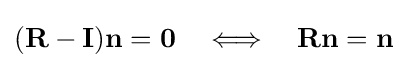
(\mathbf {R} -\mathbf {I} )\mathbf {n} =\mathbf {0} \quad \Longleftrightarrow \quad \mathbf {R} \mathbf {n} =\mathbf {n}